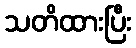
သတိထားပြီး